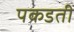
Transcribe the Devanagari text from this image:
पकडती